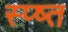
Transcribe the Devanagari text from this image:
स्प्ष्त